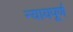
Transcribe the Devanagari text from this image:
न्‍यायपूर्ण